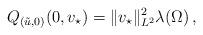
LaTeX: \begin{align*}Q_{(\tilde u,0)}(0,v_\star)=\|v_\star\|_{L^2}^2\lambda(\Omega)\,,\end{align*}